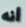
أنه